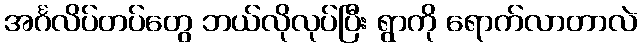
အင်္ဂလိပ်တပ်တွေ ဘယ်လိုလုပ်ပြီး ရွာကို ရောက်လာတာလဲ